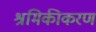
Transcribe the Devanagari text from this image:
श्रमिकीकरण